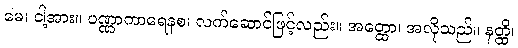
မေ၊ ငါ့အား။ ပဏ္ဏာကာရေနစ၊ လက်ဆောင်ဖြင့်လည်း။ အတ္ထော၊ အလိုသည်။ နတ္ထိ၊